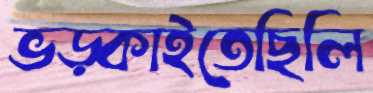
ভড়্‌কাইতেছিলি